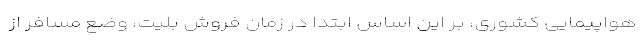
هواپیمایی کشوری، بر این اساس ابتدا در زمان فروش بلیت، وضع مسافر از